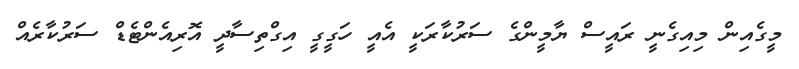
މީގެއިން މިއިގެނީ ރައީސް ޔާމީންގެ ސަރުކާރަކީ އެއީ ހަގީގީ އިގްތިސާދީ އޮރިއެންޓެޑް ސަރުކާރެއް